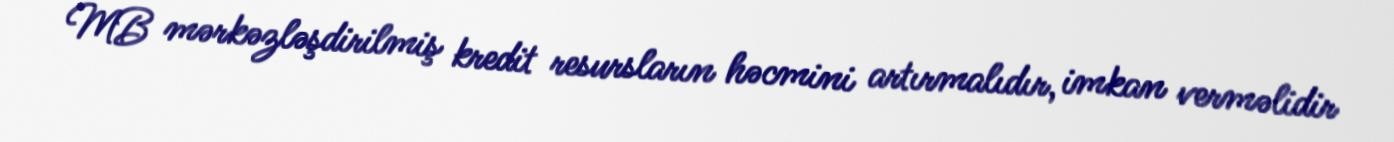
MB mərkəzləşdirilmiş kredit resursların həcmini artırmalıdır, imkan verməlidir